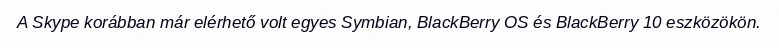
A Skype korábban már elérhető volt egyes Symbian, BlackBerry OS és BlackBerry 10 eszközökön.